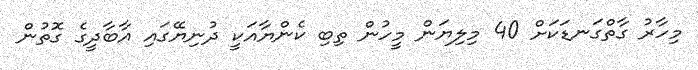
މިހާރު ގާތްގަނޑަކަށް 40 މިލިޔަން މީހުން ތިބި ކެންޔާއަކީ ދުނިޔޭގައި އާބާދީގެ ގޮތުން